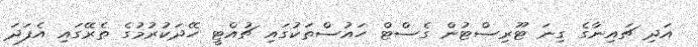
އަދި ޗައިނާގެ ގިނަ ޓޫރިސްޓުން ގެސްޓް ހައުސްތަކުގައި ޗުއްޓީ ހޭދަކުރުމުގެ ތެރޭގައި އެފަދަ